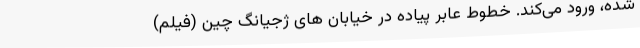
شده، ورود می‌کند. خطوط عابر پیاده در خیابان های ژجیانگ چین (فیلم)